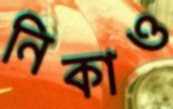
নিকাও